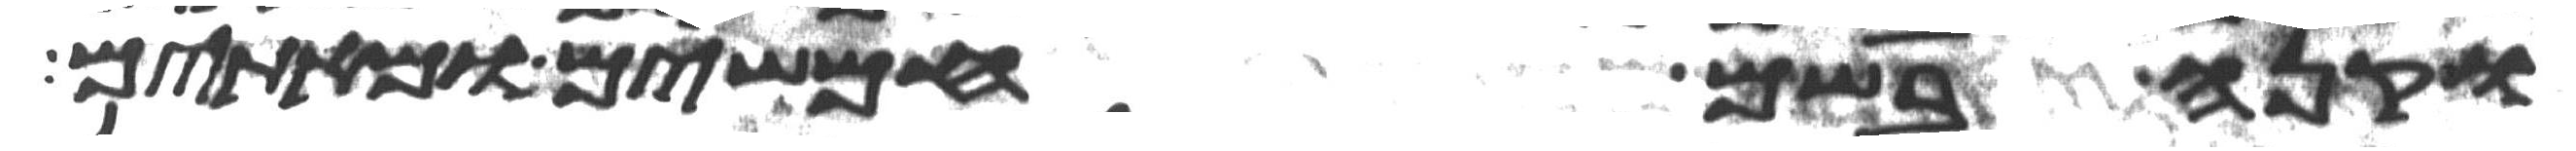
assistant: וקנה בשם חמשים ומאתים